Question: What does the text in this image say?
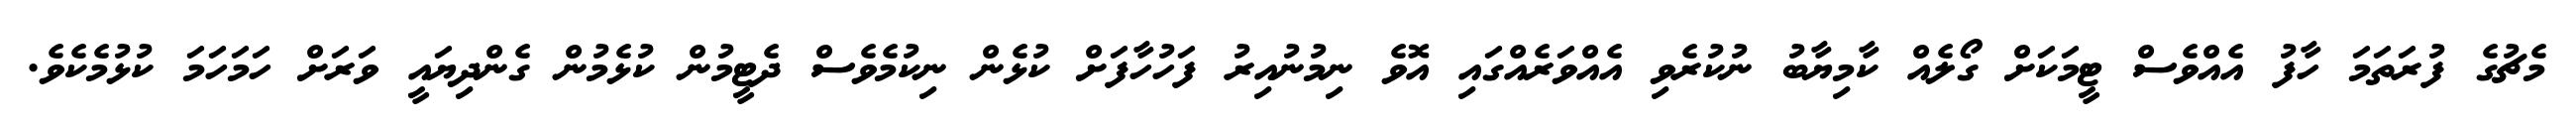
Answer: މެޗުގެ ފުރަތަމަ ހާފު އެއްވެސް ޓީމަކަށް ގޯލެއް ކާމިޔާބު ނުކުރެވި އެއްވަރެއްގައި އޮވެ ނިމުނުއިރު ފަހުހާފަށް ކުޅެން ނިކުމެވެސް ދެޓީމުން ކުޅެމުން ގެންދިޔައީ ވަރަށް ހަމަހަމަ ކުޅުމެކެވެ.